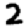
Digit: 2